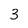
Character: 3